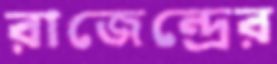
রাজেন্দ্রের